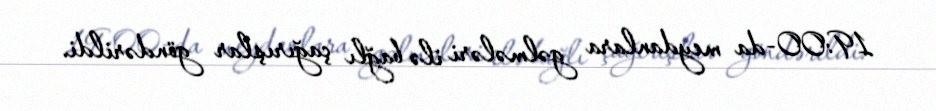
19:00-da meydanlara gəlmələri ilə bağlı çağırışlar göndərildi.